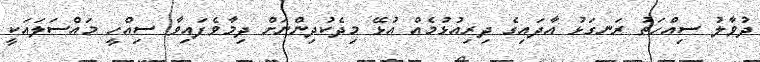
ދުވާލު ސިއްހަތު ރަނގަޅު އާދައިގެ ދިރިއުޅުމެއް އުޅޭ މިދެކުދިންނަށް ދިމާވެފައިވާ ސިއްހީ މައްސަލައަކީ